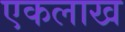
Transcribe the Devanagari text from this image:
एकलाख